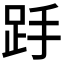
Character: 𮛋